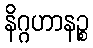
နိဂ္ဂဟာနဉ္စ